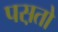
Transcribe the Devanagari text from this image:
पस़तो